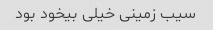
سیب زمینی خیلی بیخود بود